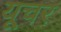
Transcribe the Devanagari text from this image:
यूचर